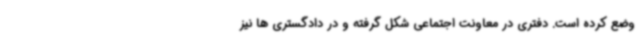
وضع کرده است. دفتری در معاونت اجتماعی شکل گرفته و در دادگستری ها نیز